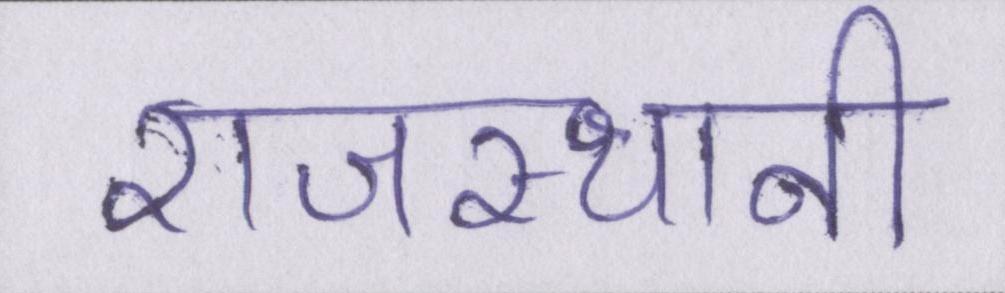
राजस्थानी